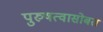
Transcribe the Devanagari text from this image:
पुरुषत्वासोबत